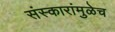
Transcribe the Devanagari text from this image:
संस्कारांमुळेच